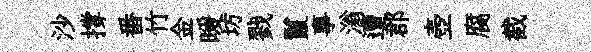
沙撐番竹金暖坊戮鬣事滃遭郡壺腐截